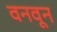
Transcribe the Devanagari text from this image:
वनवून